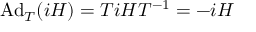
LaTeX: \mathrm { A d } _ { T } ( i H ) = T i H T ^ { - 1 } = - i H